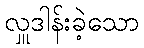
လှူဒါန်းခဲ့သော